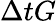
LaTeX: \Delta tG